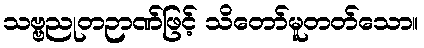
သဗ္ဗညုတဉာဏ်ဖြင့် သိတော်မူတတ်သော။